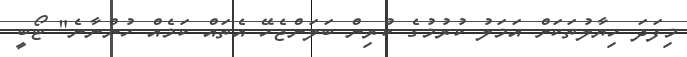
މިފަދަ ހިޔާލުތަކަށް އަމަލު ކުރުމުގެ ކުރިން ބަލަންޖެހޭ އެތައް ކަމެއް ހުންނާނެ" ޓޯބީ